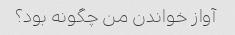
آواز خواندن من چگونه بود؟